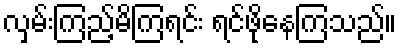
လှမ်းကြည့်မိကြရင်း ရင်ဖိုနေကြသည်။